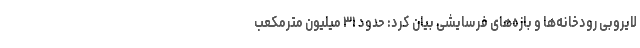
لایروبی رودخانه‌ها و بازه‌های فرسایشی بیان کرد: حدود ۳۱ میلیون مترمکعب